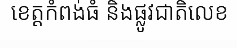
ខេត្តកំពង់ធំ និងផ្លូវជាតិលេខ